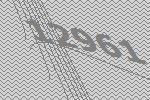
12961